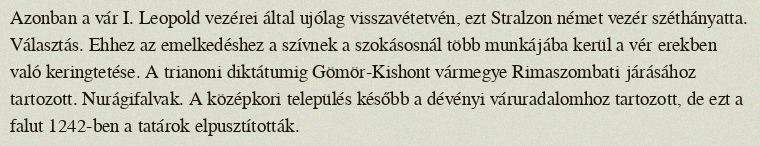
Azonban a vár I. Leopold vezérei által ujólag visszavétetvén, ezt Stralzon német vezér széthányatta. Választás. Ehhez az emelkedéshez a szívnek a szokásosnál több munkájába kerül a vér erekben való keringtetése. A trianoni diktátumig Gömör-Kishont vármegye Rimaszombati járásához tartozott. Nurágifalvak. A középkori település később a dévényi váruradalomhoz tartozott, de ezt a falut 1242-ben a tatárok elpusztították.